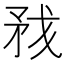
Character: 𰦏